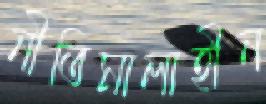
নীতিমালাহীন